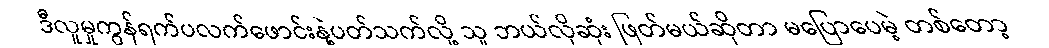
ဒီလူမှုကွန်ရက်ပလက်ဖောင်းနဲ့ပတ်သက်လို့ သူ ဘယ်လိုဆုံး ဖြတ်မယ်ဆိုတာ မပြောပေမဲ့ တစ်တော့